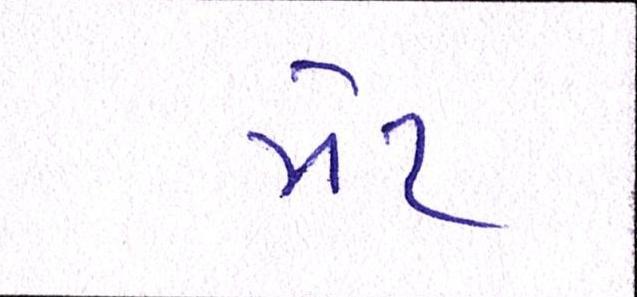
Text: મટે